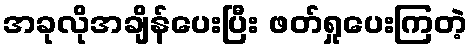
အခုလိုအချိန်ပေးပြီး ဖတ်ရှုပေးကြတဲ့